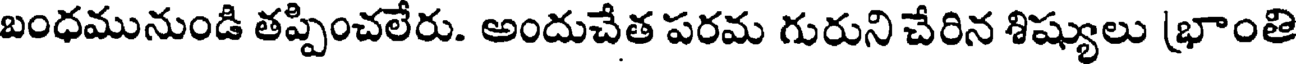
బంధమునుండి తప్పించలేరు. అందుచేత పరమ గురుని చేరిన శిష్యులు (భాంతి